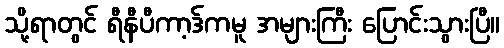
သို့ရာတွင် ရီနီပီကာ့ဒ်ကမူ အများကြီး ပြောင်းသွားပြီ။